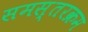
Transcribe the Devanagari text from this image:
समस्तरक्रम